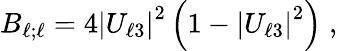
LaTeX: B_{{\ell};{\ell}}=4\left|U_{{\ell}3}\right|^{2}\left(1-\left|U_{{\ell}3}\right|^{2}\right)\; ,